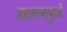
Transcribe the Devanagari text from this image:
उडवल्यामुळे